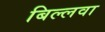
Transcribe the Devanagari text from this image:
बिल्लवा